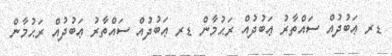
ޑރ ޢަބުދުއް ސައްތާރު ޢަބުދުއް ރަޙުމާން ޑރ ޢަބުދުއް ސައްތާރު ޢަބުދުއް ރަޙުމާން